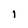
Character: I